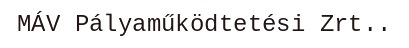
MÁV Pályaműködtetési Zrt..